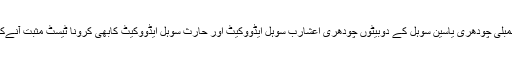
دوسری جانب مسلم لیگ ن کے ہی رکن صوبائی اسمبلی چودھری یاسین سوہل کے دوبیٹوں چودھری اعشارب سوہل ایڈووکیٹ اور حارث سوہل ایڈووکیٹ کابھی کرونا ٹیسٹ مثبت آنےکےبعد اپنی رہائش گاہ ڈیفنس میں قرنطینہ کرلیا ہے۔